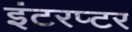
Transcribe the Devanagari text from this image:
इंटरप्टर